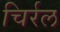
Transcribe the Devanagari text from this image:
चिर्रल